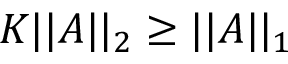
K \vert \vert A \vert \vert _ { 2 } \geq \vert \vert A \vert \vert _ { 1 }